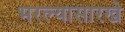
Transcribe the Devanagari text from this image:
भरल्यासारखे